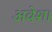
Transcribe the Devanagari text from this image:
अवेश।